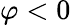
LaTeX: \varphi<0